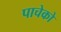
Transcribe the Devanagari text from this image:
पाचेको